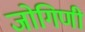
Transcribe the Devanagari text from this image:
जोगिणी